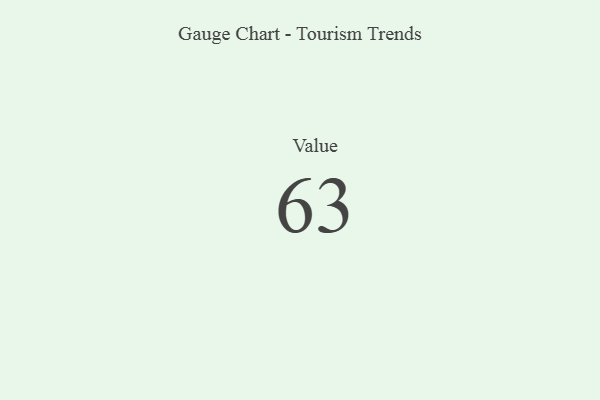
{"axis": {"x": "Metric", "y": "Value"}, "legend": [""], "data": [{"x": "Value", "y": 63, "type": ""}]}